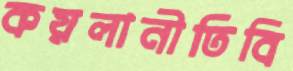
কয়লানীতিবি